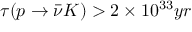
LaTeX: \tau ( p \rightarrow \bar { \nu } K ) > 2 \times 1 0 ^ { 3 3 } y r